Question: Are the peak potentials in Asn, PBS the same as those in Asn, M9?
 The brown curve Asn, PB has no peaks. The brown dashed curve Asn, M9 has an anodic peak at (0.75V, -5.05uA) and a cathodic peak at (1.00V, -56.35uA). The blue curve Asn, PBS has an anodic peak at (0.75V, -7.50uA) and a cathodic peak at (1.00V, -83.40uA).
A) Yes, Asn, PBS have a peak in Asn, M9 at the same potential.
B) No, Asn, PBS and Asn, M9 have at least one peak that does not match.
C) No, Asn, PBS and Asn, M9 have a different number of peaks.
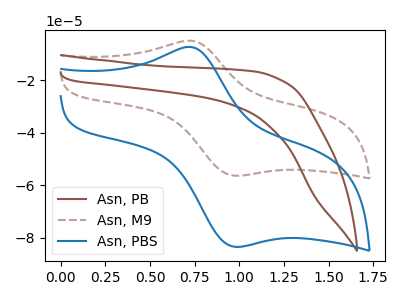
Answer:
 <answer>A) Yes, "Asn, PBS" have a peak in "Asn, M9" at the same potential.</answer>
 <eval>A</eval>